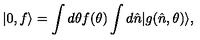
| 0 , f \rangle = \int d \theta f ( \theta ) \int d \hat { n } | g ( \hat { n } , \theta ) \rangle ,